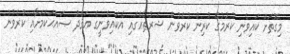
މިގޮތަށް ކައިވެނި ކުރުމުގެ ކުރިން ކުރެވުން ޝަރުޠެއްގައި އެކައިވެނީގެ ޢަޤްދު ޞައްޙަކަމަށާއި ކުރެވުނު